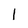
Character: l